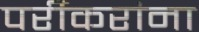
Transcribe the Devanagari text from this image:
पर्रीकरांना